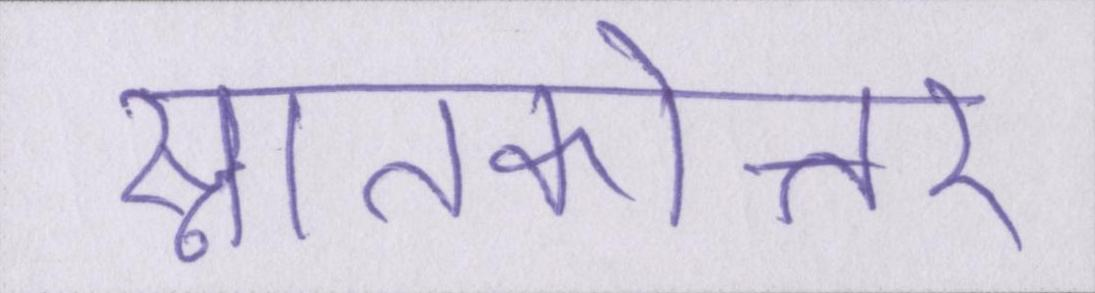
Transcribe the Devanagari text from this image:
स्नातकोत्तर